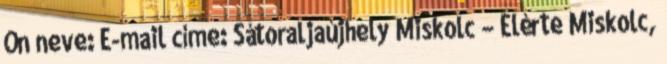
Ön neve: E-mail címe: Sátoraljaújhely Miskolc – Elérte Miskolc,